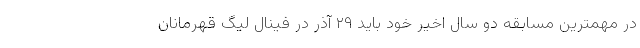
در مهمترین مسابقه دو سال اخیر خود باید ٢٩ آذر در فینال لیگ قهرمانان